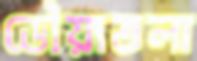
ডৌয়াতলা